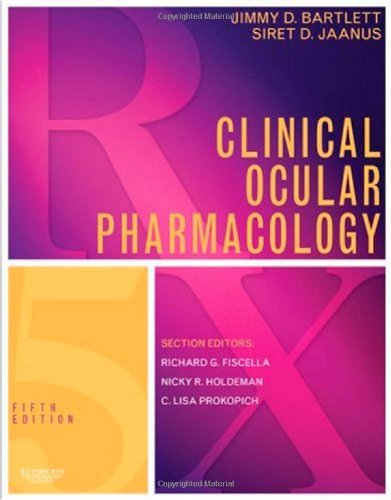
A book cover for Clinical Ocular Pharmacology, 5e; Jimmy D. Bartlett OD  DOS  ScD; Medical Books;